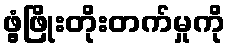
ဖွံ့ဖြိုးတိုးတက်မှုကို